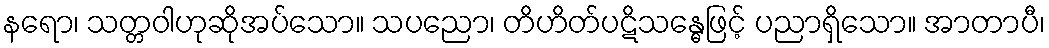
နရော၊ သတ္တဝါဟုဆိုအပ်သော။ သပညော၊ တိဟိတ်ပဋိသန္ဓေဖြင့် ပညာရှိသော။ အာတာပီ၊